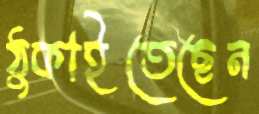
ঠুকাইতেছেন